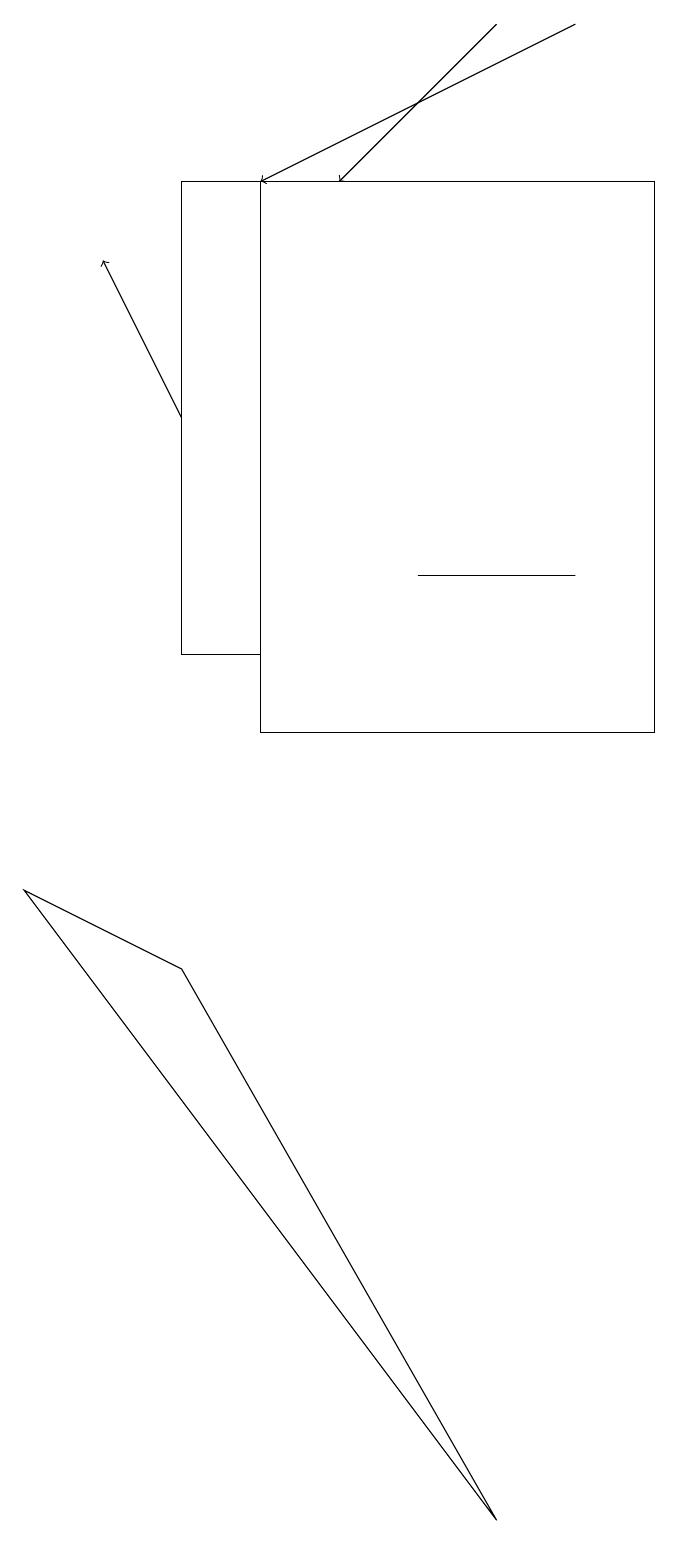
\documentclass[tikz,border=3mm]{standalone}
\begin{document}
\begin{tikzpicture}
\draw[->] (7,19) -- (5,17);
\draw (3,7) -- (1,8) -- (7,0) -- cycle;
\draw[->] (8,19) -- (4,17);
\draw[->] (3,14) -- (2,16);
\draw (4,10) rectangle (9,17);
\draw (3,11) rectangle (4,17);
\draw (6,12) rectangle (8,12);
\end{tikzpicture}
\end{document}